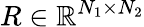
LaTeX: R\in\mathbb{R}^{N_{1}\times N_{2}}